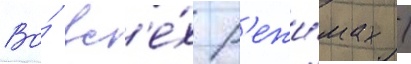
Во́ вс'е́х р'ежи́мах /